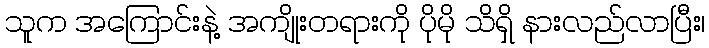
သူက အကြောင်းနဲ့ အကျိုးတရားကို ပိုမို သိရှိ နားလည်လာပြီး၊